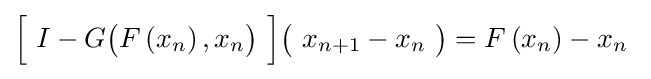
{\Bigl [}\ I-G{\bigl (}F\left(x_{n}\right),x_{n}{\bigr )}\ {\Bigr ]}{\bigl (}\ x_{n+1}-x_{n}\ {\bigr )}=F\left(x_{n}\right)-x_{n}~